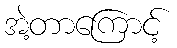
အဲ့တာကြောင့်